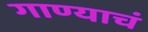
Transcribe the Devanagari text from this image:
गाण्याचं